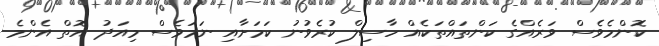
ކޮންމެވެސް ވަރެއްގެ ކަންތައްތަކެއް ހާސިލް ކުރެވުނު ކަމަށާއި ނަމަވެސް މިއަދު އޮތް އެންމެ